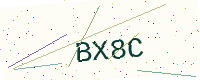
Text: BX8C